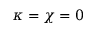
\kappa = \chi = 0